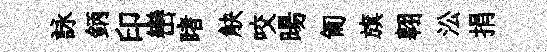
詠鈵印巒睹觖咬暘匍旗翱㳂捐